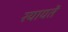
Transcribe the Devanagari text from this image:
रयायतें